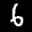
Label: 6